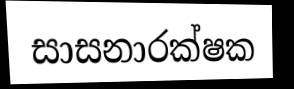
සාසනාරක්ෂක